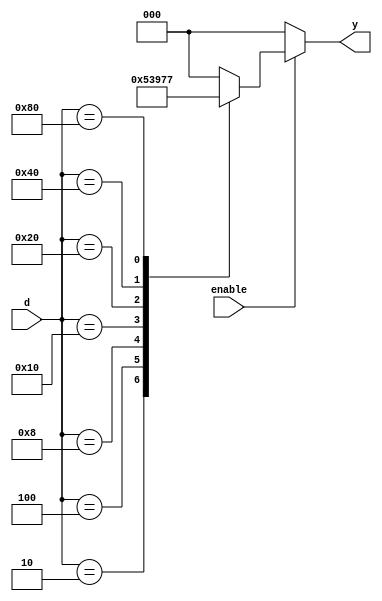
module encoder_8to3(input [7:0]d,input enable,output reg [2:0]y);
always @(enable,d)
begin
	if(enable)
	begin	
		case(d)
		8'b00000001:y=0;
		8'b00000010:y=1;
		8'b00000100:y=2;
		8'b00001000:y=3;
		8'b00010000:y=4;
		8'b00100000:y=5;
		8'b01000000:y=6;
		8'b10000000:y=7;
		default:y=0;
		endcase
	end
	else
		y=0;
	
end
endmodule